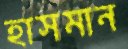
হাসমান